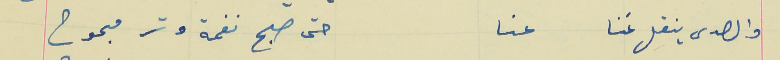
والصدى ينقل غنا  عنا                                                  حتى صبح نغمة وتر مبحوح